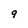
Character: 9